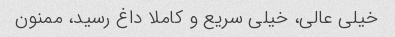
خیلی عالی، خیلی سریع و کاملا داغ رسید، ممنون